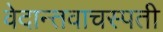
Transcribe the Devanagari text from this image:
वेदान्तवाचस्पती